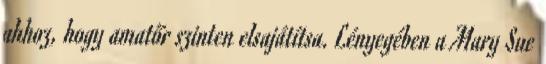
ahhoz, hogy amatőr szinten elsajátítsa. Lényegében a Mary Sue